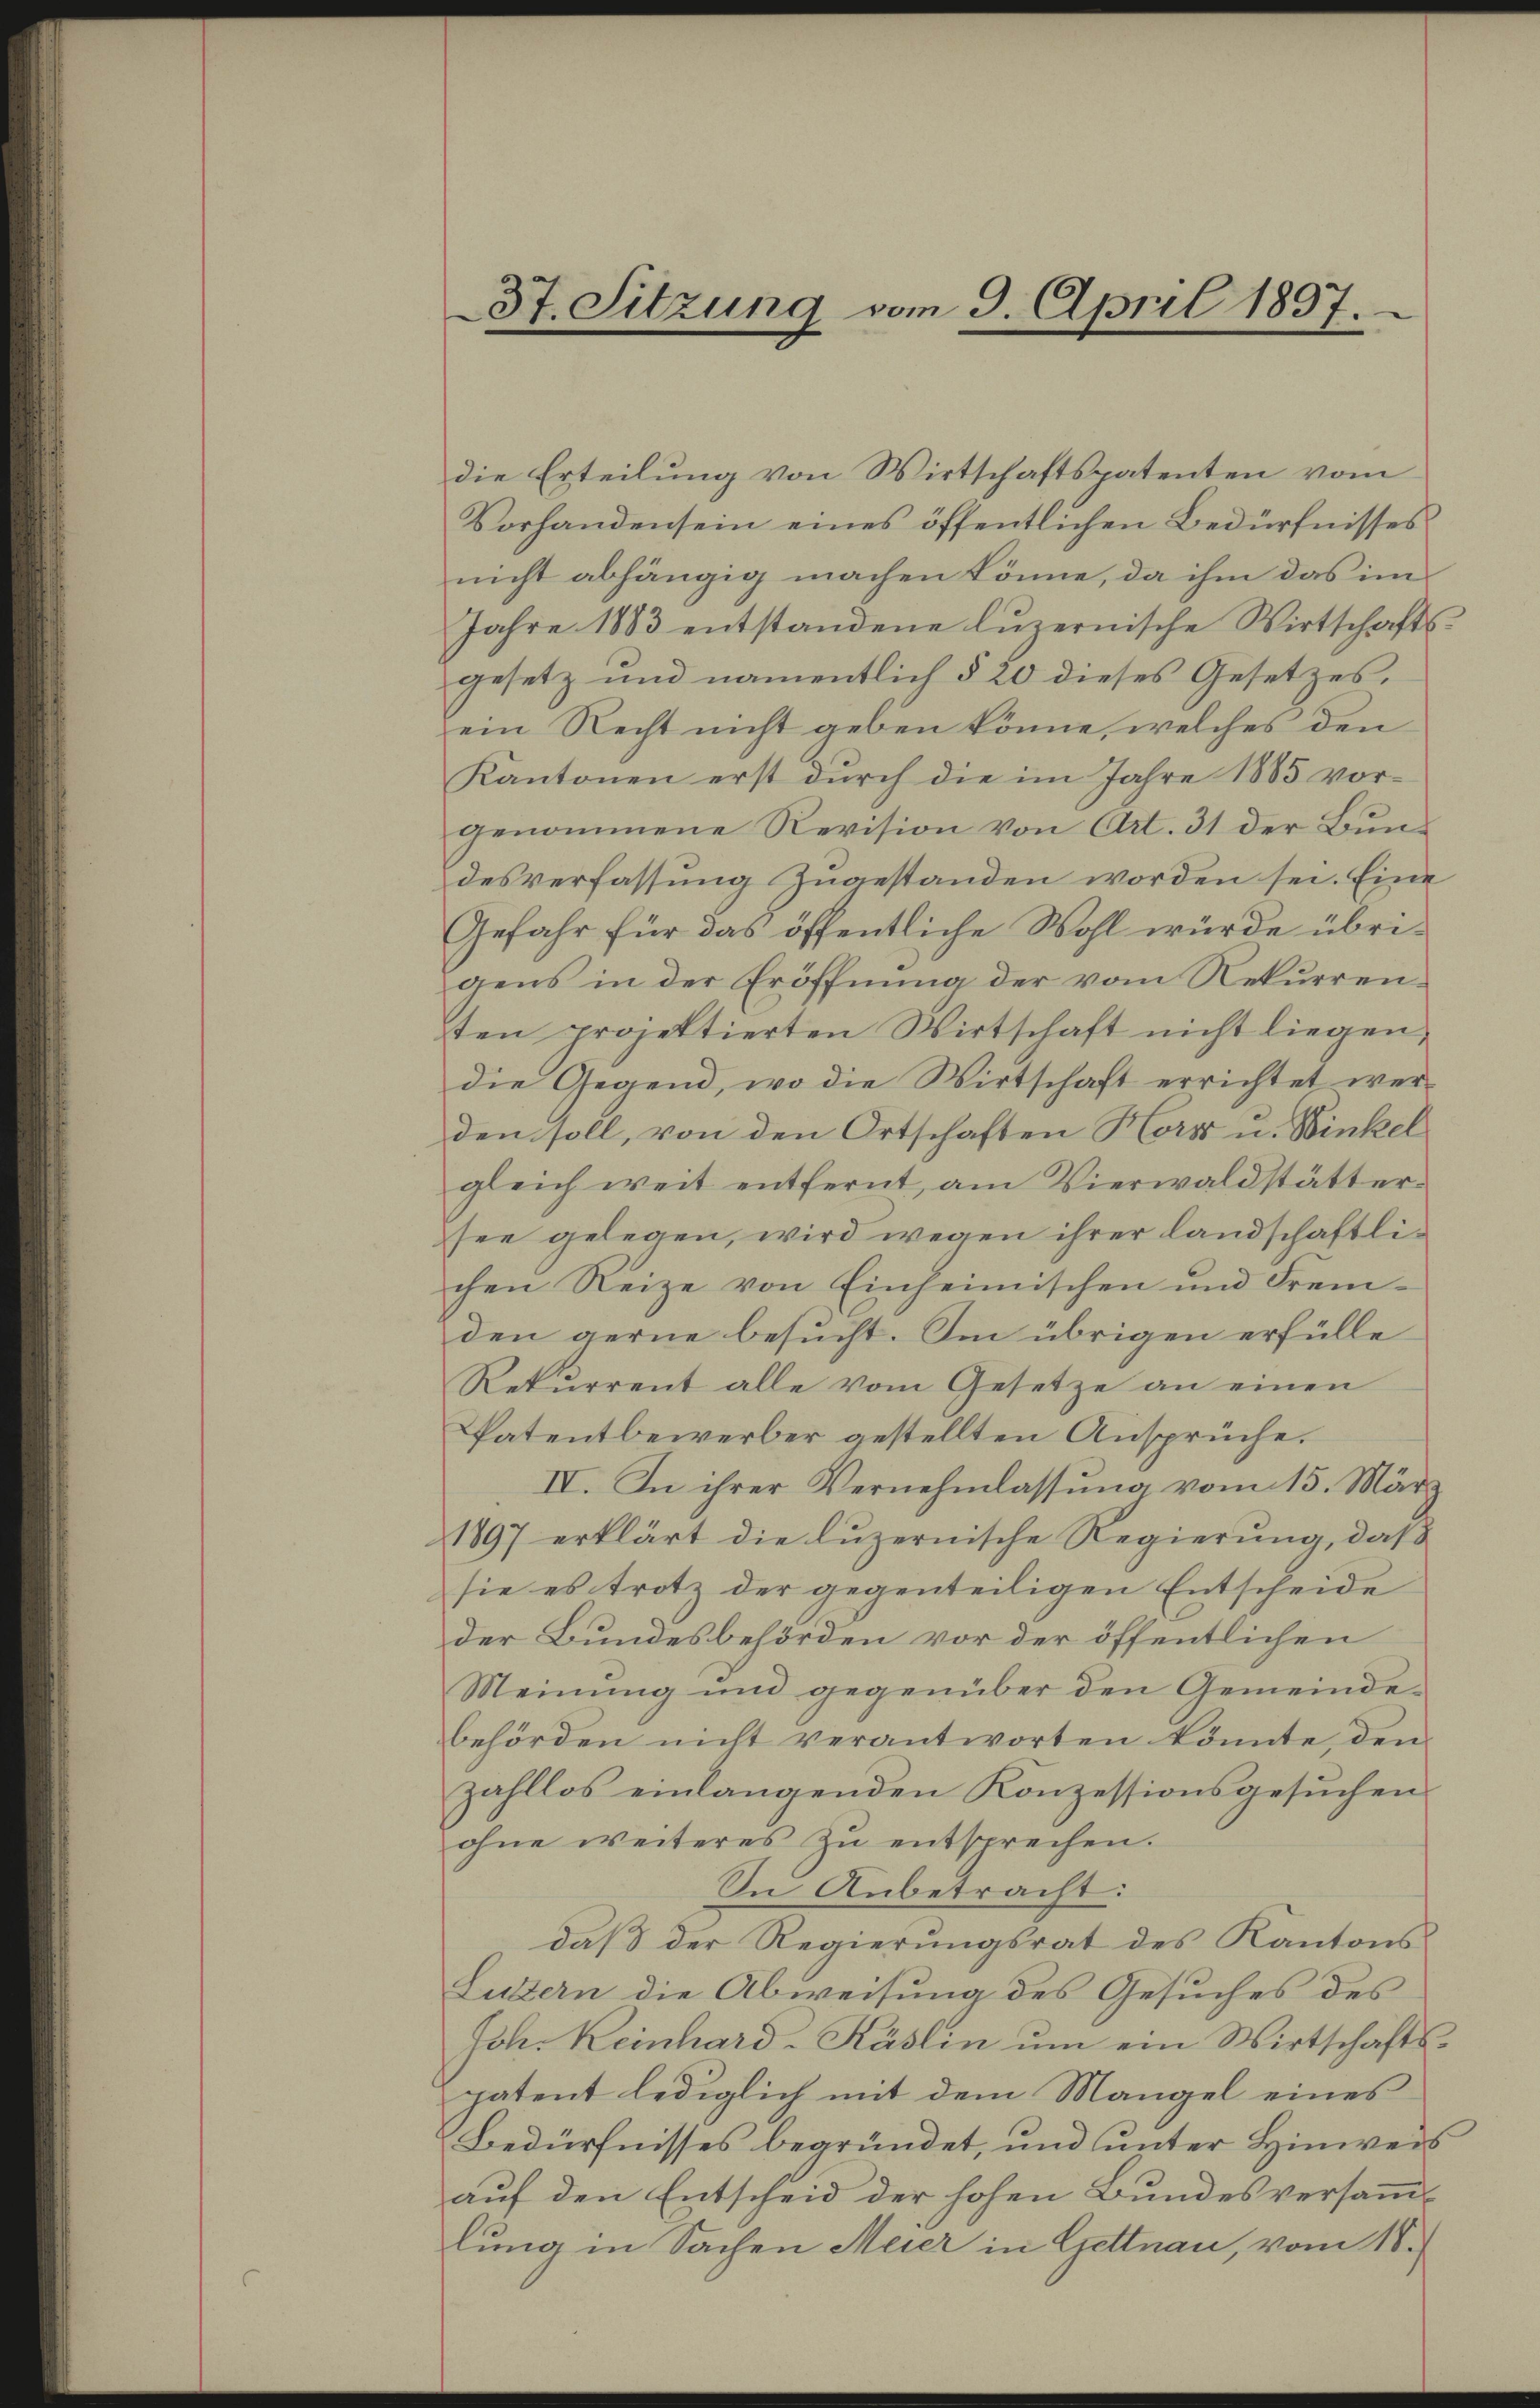
37. Sitzung vom 9. April 1837.

die Erteilung von Wirtschaftspatenten vom
Vorhanden sein eines öffentlichen Bedürfnisses
nicht abhängig machen könne, da ihm das im
Jahre 1883 entstandene luzernische Wirtschaftsgesetz und namentlich § 20 dieses Gesetzes.
ein Recht nicht geben könne, welches den
Kantonen erst durch die im Jahre 1885 vorgenommene Revision von Art. 31 der Bundesverfassung zugestanden worden sei. Eine
Gefahr für das öffentliche Wohl würde übrigens in der Eröffnung der vom Rekurrenten projektierten Wirtschaft nicht liegen,
die Gegend, wo die Wirtschaft errichtet werden soll, von den Ortschaften Hors u. Winkel
gleich weit entfernt, am Vierwaldstättersee gelegen, wird wegen ihrer landschaftlichen Reize von Einheimischen und Fremden gerne besucht. Im übrigen erfülle
Rekŭrrent alle vom Gesetze an einen
Patentbewerber gestellten Ansprüche.
IV. In ihrer Vernehmlassung vom 15. März
1897 erklärt die luzernische Regierung, daß
sie es trotz der gegenteiligen Entscheide
der Bundesbehörden vor der öffentlichen
Meinung und gegenüber den Gemeindebehörden nicht verantworten könnte, den
zahllos einlangenden Konzessionsgesuchen
ohne weiteres zŭ entsprechen.
In Anbetracht:
daß der Regierungsrat des Kantons¬
Luttern die Abweisung des Gesuches des
Joh. Keinhard-Käslin um ein Wirtschaftspatent lediglich mit dem Mangel eines
Bedürfnisses begründet, und unter Hinweis
auf den Entscheid der hohen Bundesversammlung in Sachen Meier in Gettnau, vom 18.